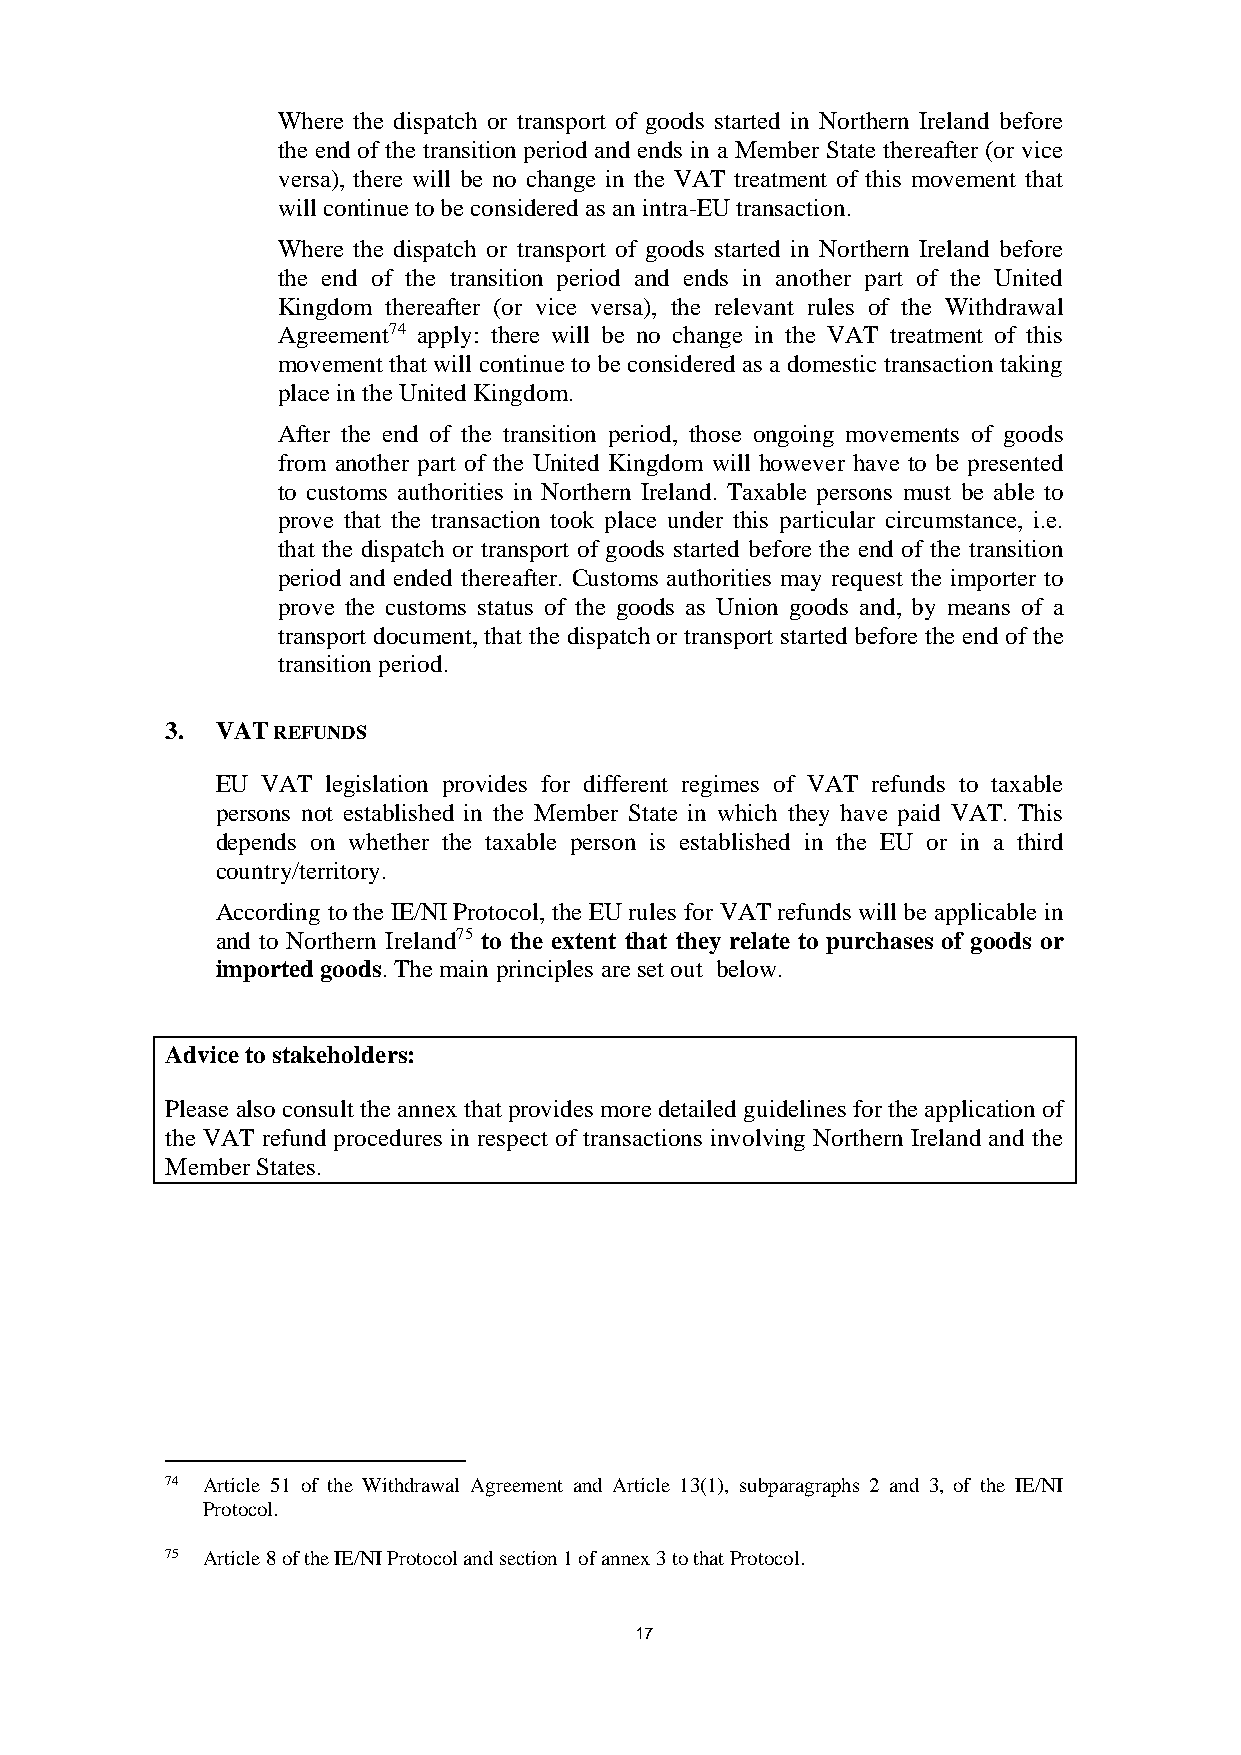
Where the dispatch or transport of goods started in Northern Ireland before
 the end of the transition period and ends in a Member State thereafter (or vice
 versa), there will be no change in the VAT treatment of this movement that
 will continue to be considered as an intra-EU transaction.
 Where the dispatch or transport of goods started in Northern Ireland before
 the end of the transition period and ends in another part of the United
 Kingdom thereafter (or vice versa), the relevant rules of the Withdrawal
 Agreement74 apply: there will be no change in the VAT treatment of this
 movement that will continue to be considered as a domestic transaction taking
 place in the United Kingdom.
 After the end of the transition period, those ongoing movements of goods
 from another part of the United Kingdom will however have to be presented
 to customs authorities in Northern Ireland. Taxable persons must be able to
 prove that the transaction took place under this particular circumstance, i.e.
 that the dispatch or transport of goods started before the end of the transition
 period and ended thereafter. Customs authorities may request the importer to
 prove the customs status of the goods as Union goods and, by means of a
 transport document, that the dispatch or transport started before the end of the
 transition period.
 3. VAT REFUNDS
 EU VAT  legislation provides for different regimes of VAT refunds to taxable
 persons not established in the Member State in which they have paid VAT. This
 depends on whether the taxable person is established in the EU or in a third
 country/territory.
 According to the IE/NI Protocol, the EU rules for VAT refunds will be applicable in
 and to Northern Ireland75 to the extent that they relate to purchases of goods or
 imported goods. The main principles are set out below.
 Advice to stakeholders:
 Please also consult the annex that provides more detailed guidelines for the application of
 the VAT refund procedures in respect of transactions involving Northern Ireland and the
 Member States.
 74 Article 51 of the Withdrawal Agreement and Article 13(1), subparagraphs 2 and 3, of the IE/NI
 Protocol.
 75 Article 8 of the IE/NI Protocol and section 1 of annex 3 to that Protocol.
 17